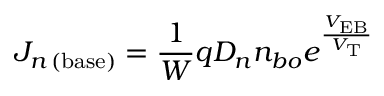
J _ { n \, ( { \mathrm { b a s e } } ) } = { \frac { 1 } { W } } q D _ { n } n _ { b o } e ^ { \frac { V _ { \mathrm { E B } } } { V _ { \mathrm { T } } } }